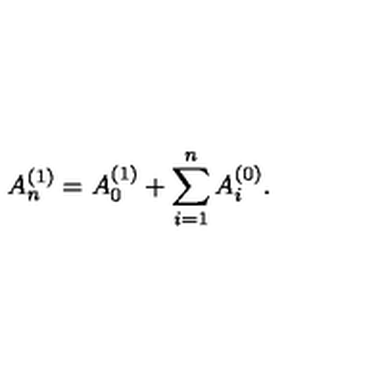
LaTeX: A _ { n } ^ { ( 1 ) } = A _ { 0 } ^ { ( 1 ) } + \sum _ { i = 1 } ^ { n } A _ { i } ^ { ( 0 ) } .